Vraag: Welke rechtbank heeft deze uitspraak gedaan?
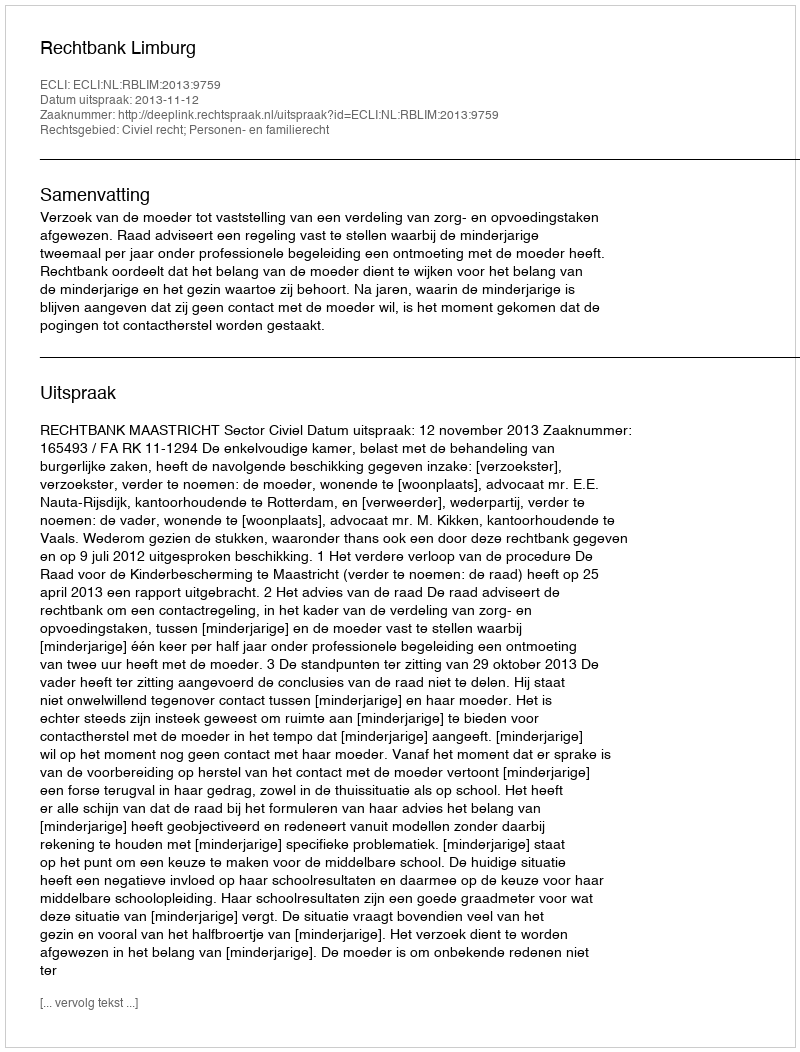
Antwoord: Rechtbank Limburg